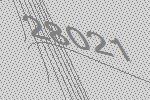
28021